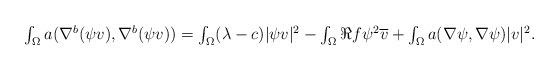
LaTeX: \begin{align*} \textstyle \int_{\Omega} a(\nabla^{b} (\psi v),\nabla^{b}(\psi v)) = \int_{\Omega} (\lambda-c)|\psi v|^{2} - \int_{\Omega} \Re f \psi^{2}\overline{v} + \int_{\Omega} a(\nabla \psi, \nabla \psi)|v|^{2}. \end{align*}